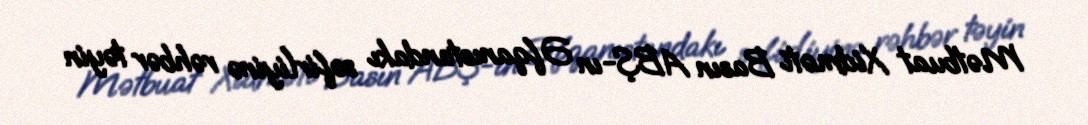
Mətbuat Xidməti Basın ABŞ-ın Əfqanıstandakı səfirliyinə rəhbər təyin